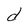
Character: d